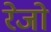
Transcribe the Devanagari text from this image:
रेजो